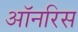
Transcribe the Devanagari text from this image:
ऑनरिस